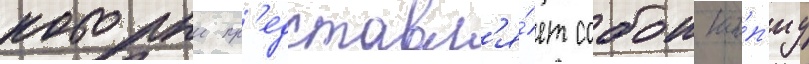
которыи пр'едставл'я́ет собои ко́п'иу